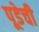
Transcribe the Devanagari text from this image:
पूडेची